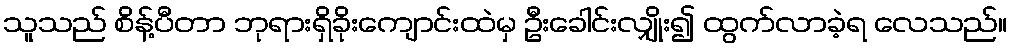
သူသည် စိန့်ပီတာ ဘုရားရှိခိုးကျောင်းထဲမှ ဦးခေါင်းလျှိုး၍ ထွက်လာခဲ့ရ လေသည်။